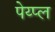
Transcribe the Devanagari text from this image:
पेय्प्ल